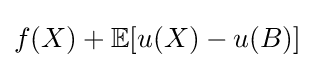
f(X)+\mathbb {E} [u(X)-u(B)]